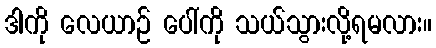
ဒါကို လေယာဉ် ပေါ်ကို သယ်သွားလို့ရမလား။